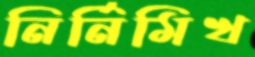
নির্নিমিখ